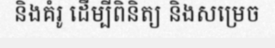
និងគំរូ ដើម្បីពិនិត្យ និងសម្រេច